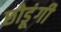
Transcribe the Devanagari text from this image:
छोडूंगी